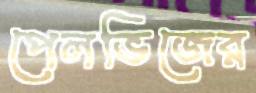
পেলভিজের